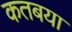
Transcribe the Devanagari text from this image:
कतबया